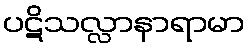
ပဋိသလ္လာနာရာမာ